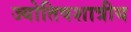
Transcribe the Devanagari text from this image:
ज्योतिषशात्रीय